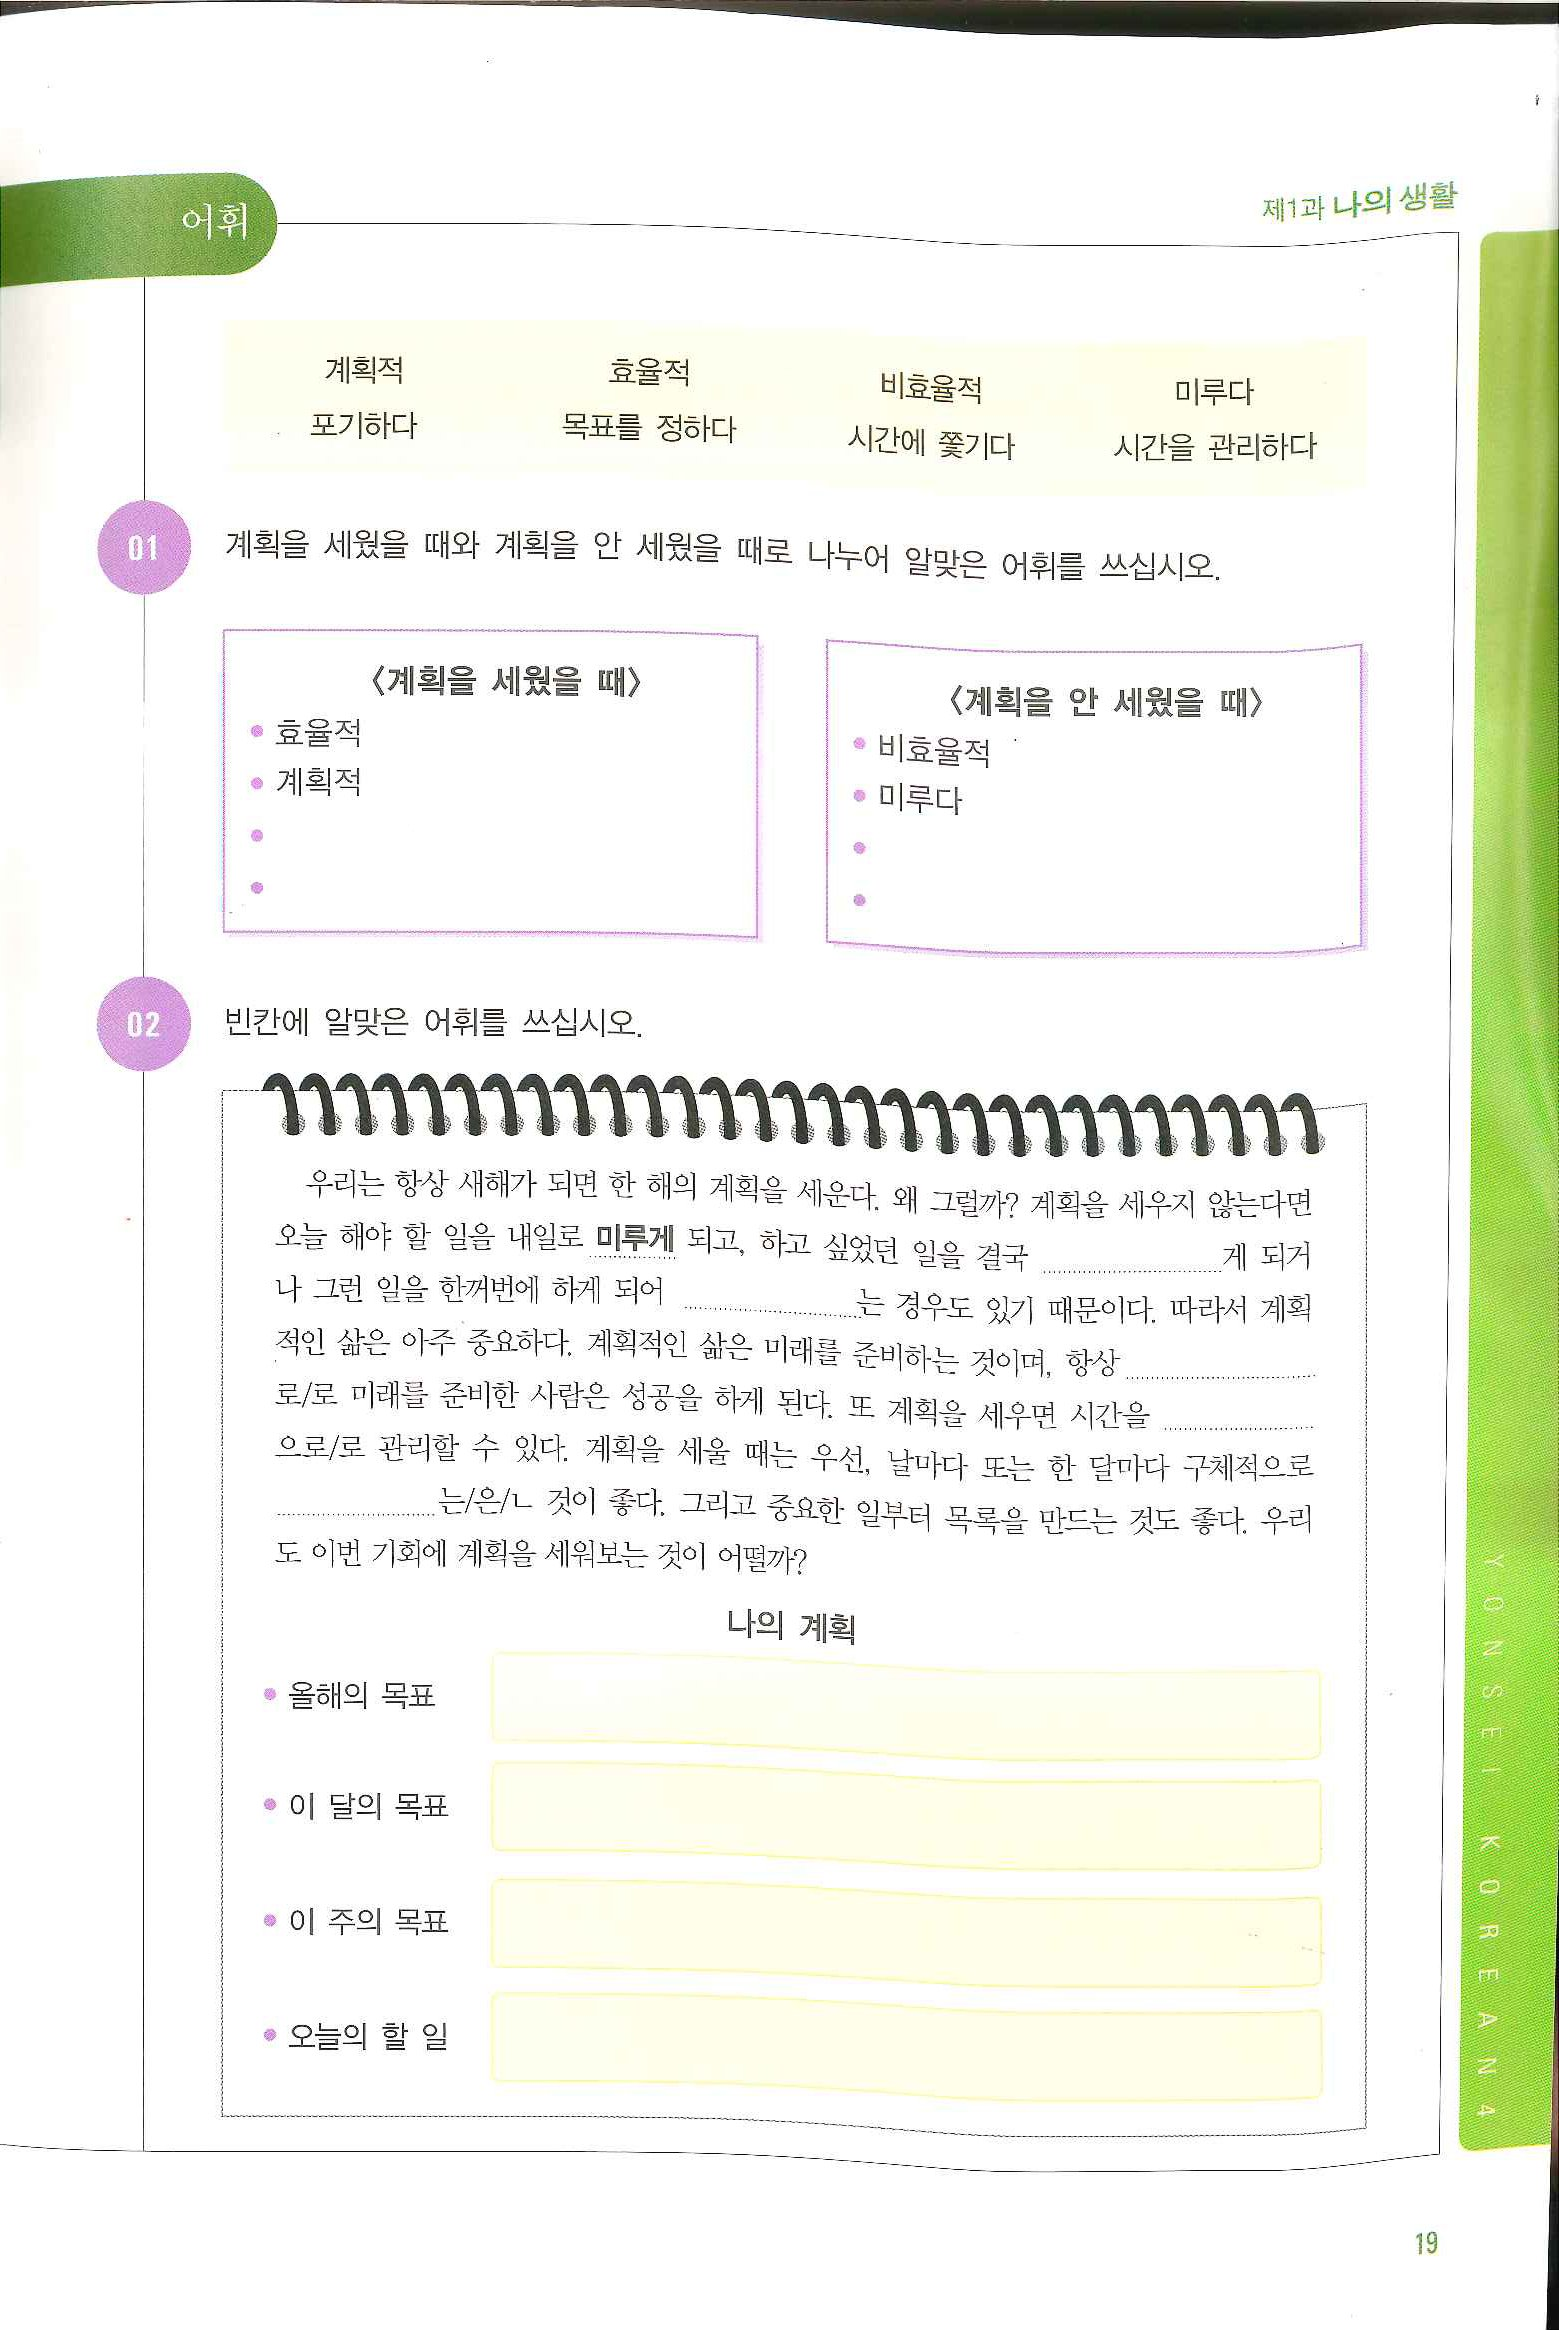
Language: ko